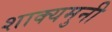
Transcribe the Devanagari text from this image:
शाक्यमुनी